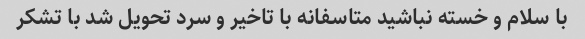
با سلام و خسته نباشید متاسفانه با تاخیر و سرد تحویل شد با تشکر